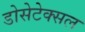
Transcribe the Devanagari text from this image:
डोसेटेक्सल